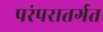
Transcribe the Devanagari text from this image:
परंपरातर्गत